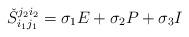
LaTeX: \begin{align*}\check{S}_{i_1j_1}^{j_2i_2}=\sigma_1 E+\sigma_2 P+\sigma_3 I \end{align*}